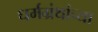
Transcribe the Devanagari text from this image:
धर्मग्रंथांच्या